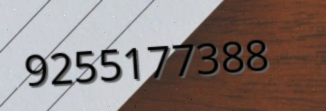
9255177388